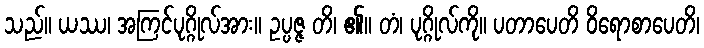
သည်။ ယဿ၊ အကြင်ပုဂ္ဂိုလ်အား။ ဥပ္ပဇ္ဇ တိ၊ ၏။ တံ၊ ပုဂ္ဂိုလ်ကို။ ပတာပေတိ ဝိရောစာပေတိ၊